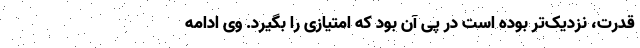
قدرت، نزدیک‌تر بوده است در پی آن بود که امتیازی را بگیرد. وی ادامه